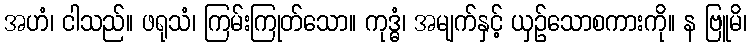
အဟံ၊ ငါသည်။ ဖရုသံ၊ ကြမ်းကြုတ်သော။ ကုဒ္ဓံ၊ အမျက်နှင့် ယှဉ်သောစကားကို။ န ဗြူမိ၊